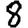
Digit: 8